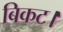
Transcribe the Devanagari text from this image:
बिकट।